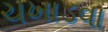
ચખાડવા